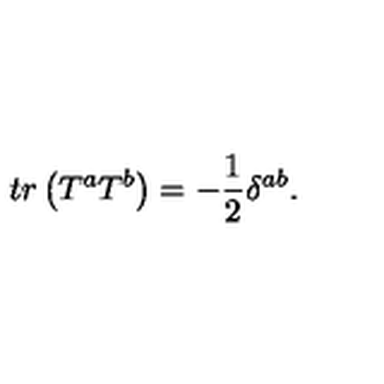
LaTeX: t r \left( T ^ { a } T ^ { b } \right) = - \frac 1 2 \delta ^ { a b } .